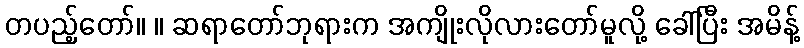
တပည့်တော်။ ။ ဆရာတော်ဘုရားက အကျိုးလိုလားတော်မူလို့ ခေါ်ပြီး အမိန့်